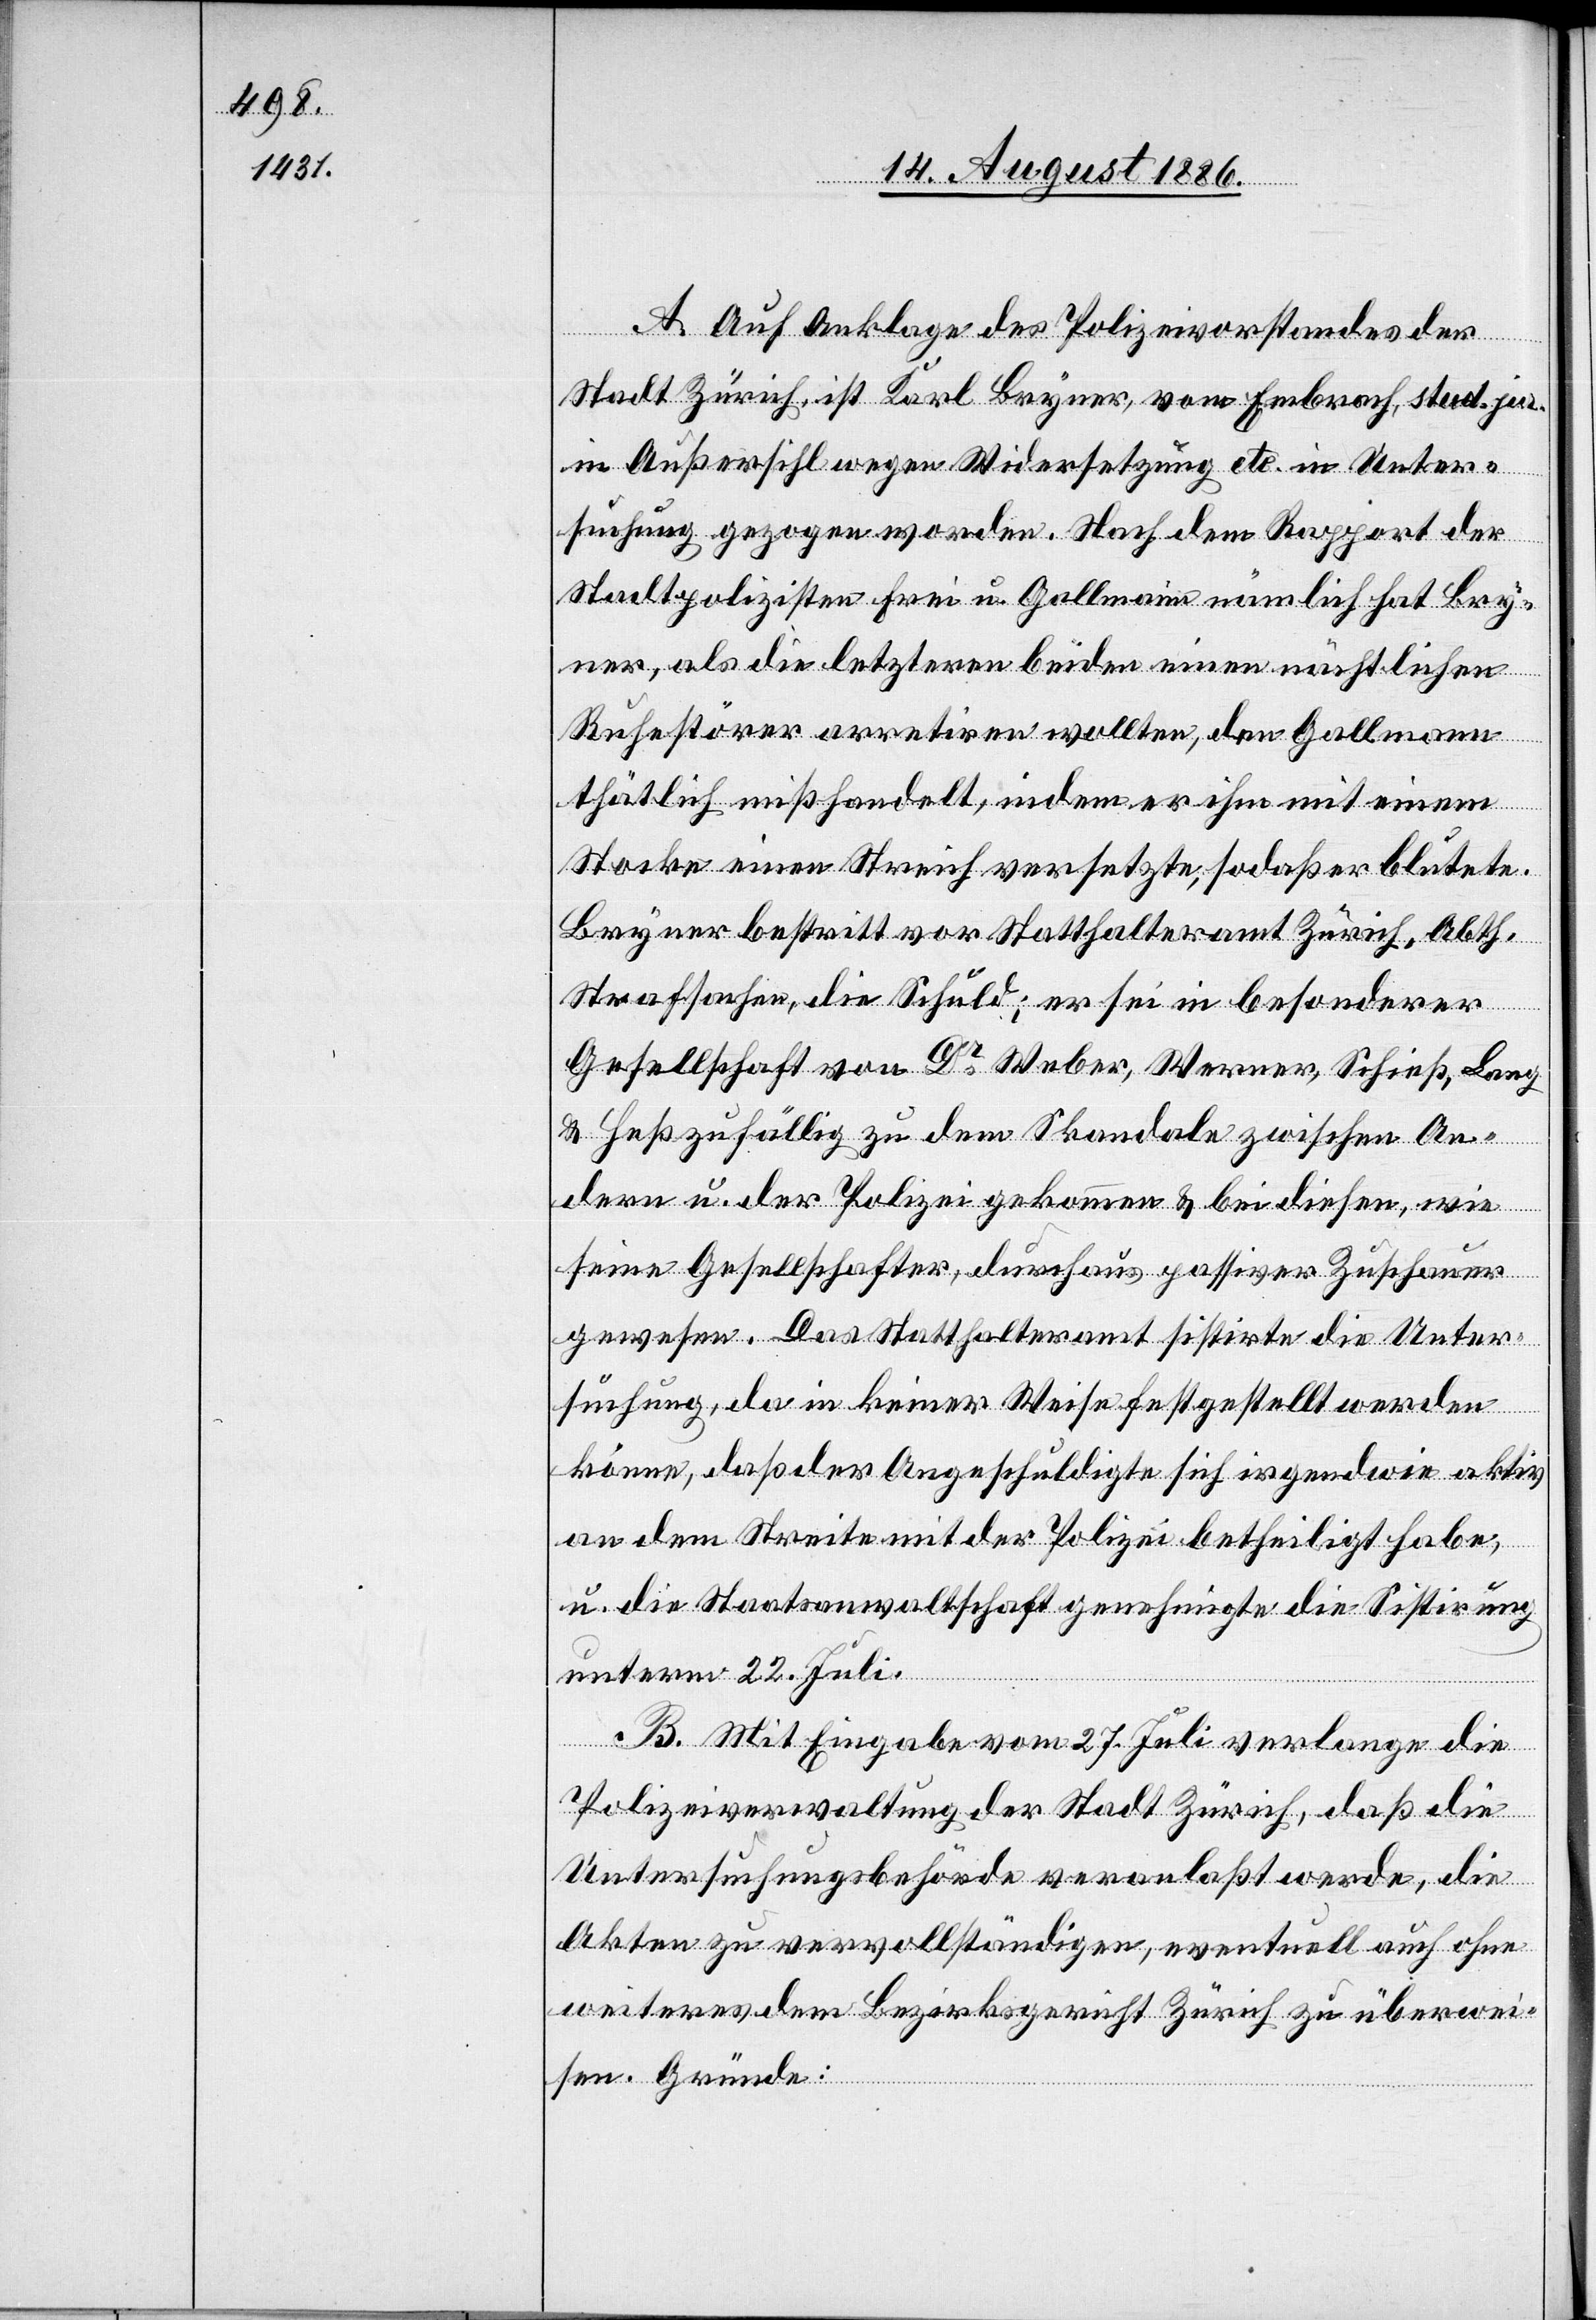
A. Auf Anklage des Polizeivorstandes der
Stadt Zürich, ist Karl Bryner, von Embrach, stud. jur.
in Außersihl wegen Widersetzung etc. in Unter¬
suchung gezogen worden. Nach dem Rapport der
Stadtpolizisten Frei u. Gallmann nämlich hat Bry¬
ner, als die letzteren beiden einen nächtlichen
Ruhestörer arretiren wollten, den Gallmann
thätlich mißhandelt, indem er ihm mit einem
Stocke einen Streich versetzte, sodaß er blutete.
Bryner bestritt vor Statthalteramt Zürich, Abth.
Strafsachen, die Schuld; er sei in besonderer
Gesellschaft von Dr Weber, Werner, Schieß, Lang
& Heß zufällig zu dem Skandale zwischen An¬
dern u. der Polizei gekommen & bei diesen, wie
seine Gesellschafter, durchaus passiver Zuschauer
gewesen. Das Statthalteramt sistirte die Unter¬
suchung, da in keiner Weise festgestellt werden
könne, daß der Angeschuldigte sich irgendwie aktiv
an dem Streite mit der Polizei betheiligt habe,
u. die Staatsanwaltschaft genehmigte die Sistirung
unterm 22. Juli.
B. Mit Eingabe vom 27. Juli verlange die
Polizeiverwaltung der Stadt Zürich, daß die
Untersuchungsbehörde veranlaßt werde, die
Akten zu vervollständigen, eventuell auch ohne
weiteres dem Bezirksgericht Zürich zu überwei¬
sen. Gründe: